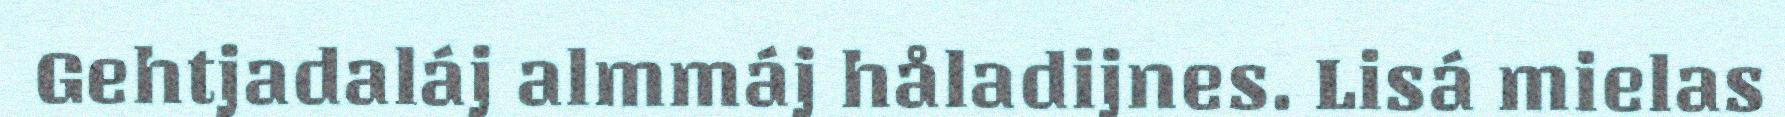
Gehtjadaláj almmáj håladijnes. Lisá mielas